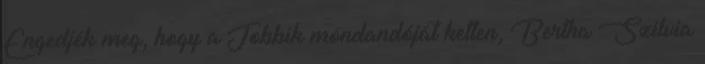
Engedjék meg, hogy a Jobbik mondandóját ketten, Bertha Szilvia